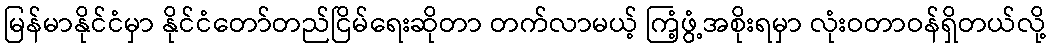
မြန်မာနိုင်ငံမှာ နိုင်ငံတော်တည်ငြိမ်ရေးဆိုတာ တက်လာမယ့် ကြံ့ဖွံ့အစိုးရမှာ လုံးဝတာဝန်ရှိတယ်လို့